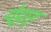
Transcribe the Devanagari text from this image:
पेट्टाह्